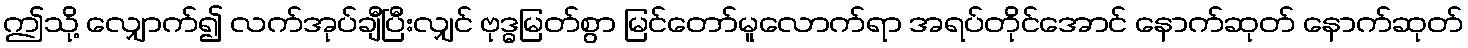
ဤသို့ လျှောက်၍ လက်အုပ်ချီပြီးလျှင် ဗုဒ္ဓမြတ်စွာ မြင်တော်မူလောက်ရာ အရပ်တိုင်အောင် နောက်ဆုတ် နောက်ဆုတ်